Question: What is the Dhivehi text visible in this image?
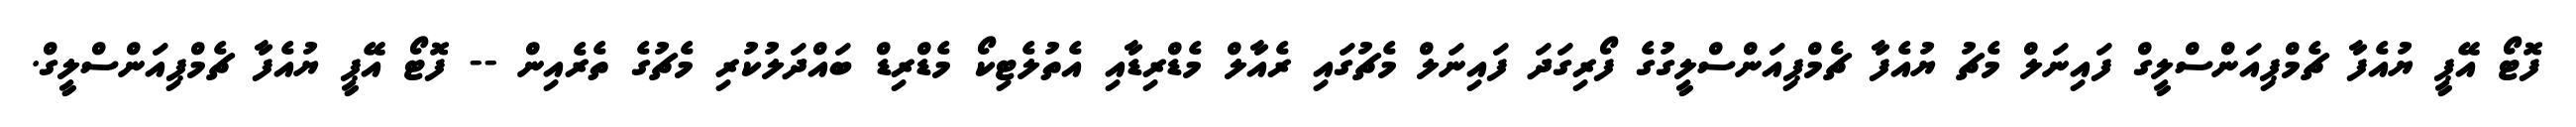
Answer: ފޮޓޯ އޭޕީ ޔުއެފާ ޗެމްޕިއަންސްލީގް ފައިނަލް މެޗު ޔުއެފާ ޗެމްޕިއަންސްލީގުގެ ފޯރިގަދަ ފައިނަލް މެޗުގައި ރެއާލް މެޑްރިޑާއި އެތުލެޓިކޯ މެޑްރިޑް ބައްދަލުކުރި މެޗުގެ ތެރެއިން -- ފޮޓޯ އޭޕީ ޔުއެފާ ޗެމްޕިއަންސްލީގް.